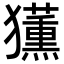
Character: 𭸳